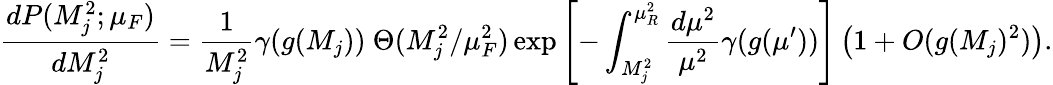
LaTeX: \frac{dP(M_{j}^{2};\mu_{F})}{dM_{j}^{2}}=\frac{1}{M_{j}^{2}}\gamma(g(M_{j}))~\Theta(M_{j}^{2}/\mu_{F}^{2})\exp\left[-\int_{M_{j}^{2}}^{\mu_{R}^{2}}\frac{d\mu^{2}}{\mu^{2}}\gamma(g(\mu^{\prime}))\right]\left(1+O(g(M_{j})^{2})\right).